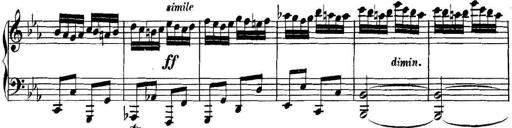
Title: Collected Piano Sonatas
Composer: Muzio Clementi